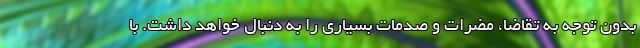
بدون توجه به تقاضا، مضرات و صدمات بسیاری را به دنبال خواهد داشت. با